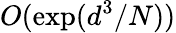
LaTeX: O(\exp(d^{3}/N))